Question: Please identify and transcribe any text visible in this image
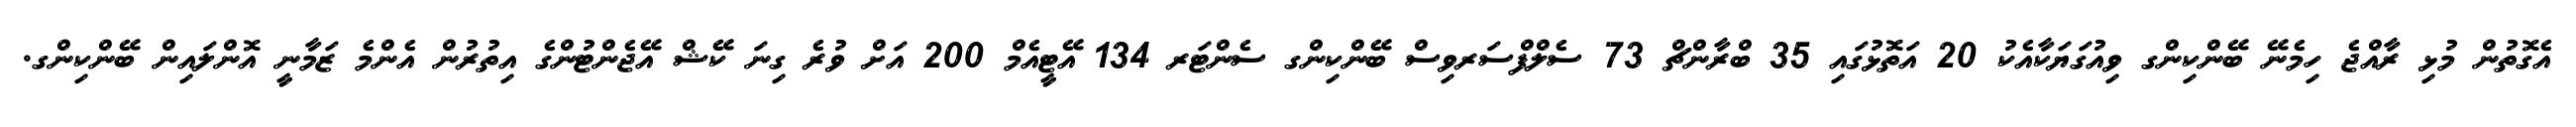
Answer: އެގޮތުން މުޅި ރާއްޖެ ހިމެނޭ ބޭންކިންގ ވިއުގަޔަކާއެކު 20 އަތޮޅުގައި 35 ބްރާންޗް 73 ސެލްފްސަރވިސް ބޭންކިންގ ސެންޓަރ 134 އޭޓީއެމް 200 އަށް ވުރެ ގިނަ ކޭޝް އޭޖެންޓުންގެ އިތުރުން އެންމެ ޒަމާނީ އޮންލައިން ބޭންކިންގ.